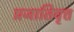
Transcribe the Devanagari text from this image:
प्रजातिवृत्त